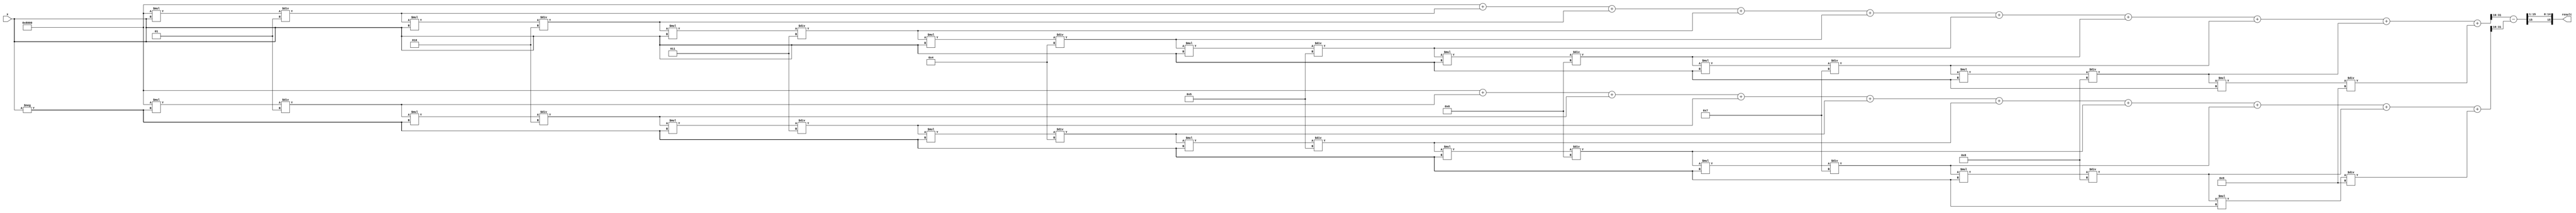
module sinh (
    input wire signed [15:0] x,        // Input x (fixed-point representation)
    output reg signed [15:0] result     // Output sinh(x)
);

    // Internal signals
    wire signed [15:0] exp_x;           // Exponential e^x
    wire signed [15:0] exp_neg_x;       // Exponential e^-x
    wire signed [15:0] exp_diff;         // e^x - e^-x
    wire signed [15:0] exp_result;      // Final result for sinh(x)

    // Exponentiation unit for e^x
    function signed [15:0] exp;
        input signed [15:0] value;
        // Simple Taylor series approximation for e^x
        reg signed [31:0] term;
        reg signed [31:0] sum;
        integer i;
        begin
            sum = 0;
            term = 1 << 15; // Initial term (1.0 in fixed-point)
            for (i = 0; i < 10; i = i + 1) begin // 10 terms for approximation
                sum = sum + term;
                term = (term * value) / (i + 1); // Compute next term
            end
            exp = sum[31:16]; // Return upper 16 bits as the result
        end
    endfunction

    // Compute e^x and e^-x
    assign exp_x = exp(x);
    assign exp_neg_x = exp(-x); // Compute e^-x

    // Subtract e^-x from e^x
    assign exp_diff = exp_x - exp_neg_x;

    // Divide by 2 to get sinh(x)
    always @(*) begin
        result = exp_diff >>> 1; // Right shift by 1 to divide by 2
    end

endmodule